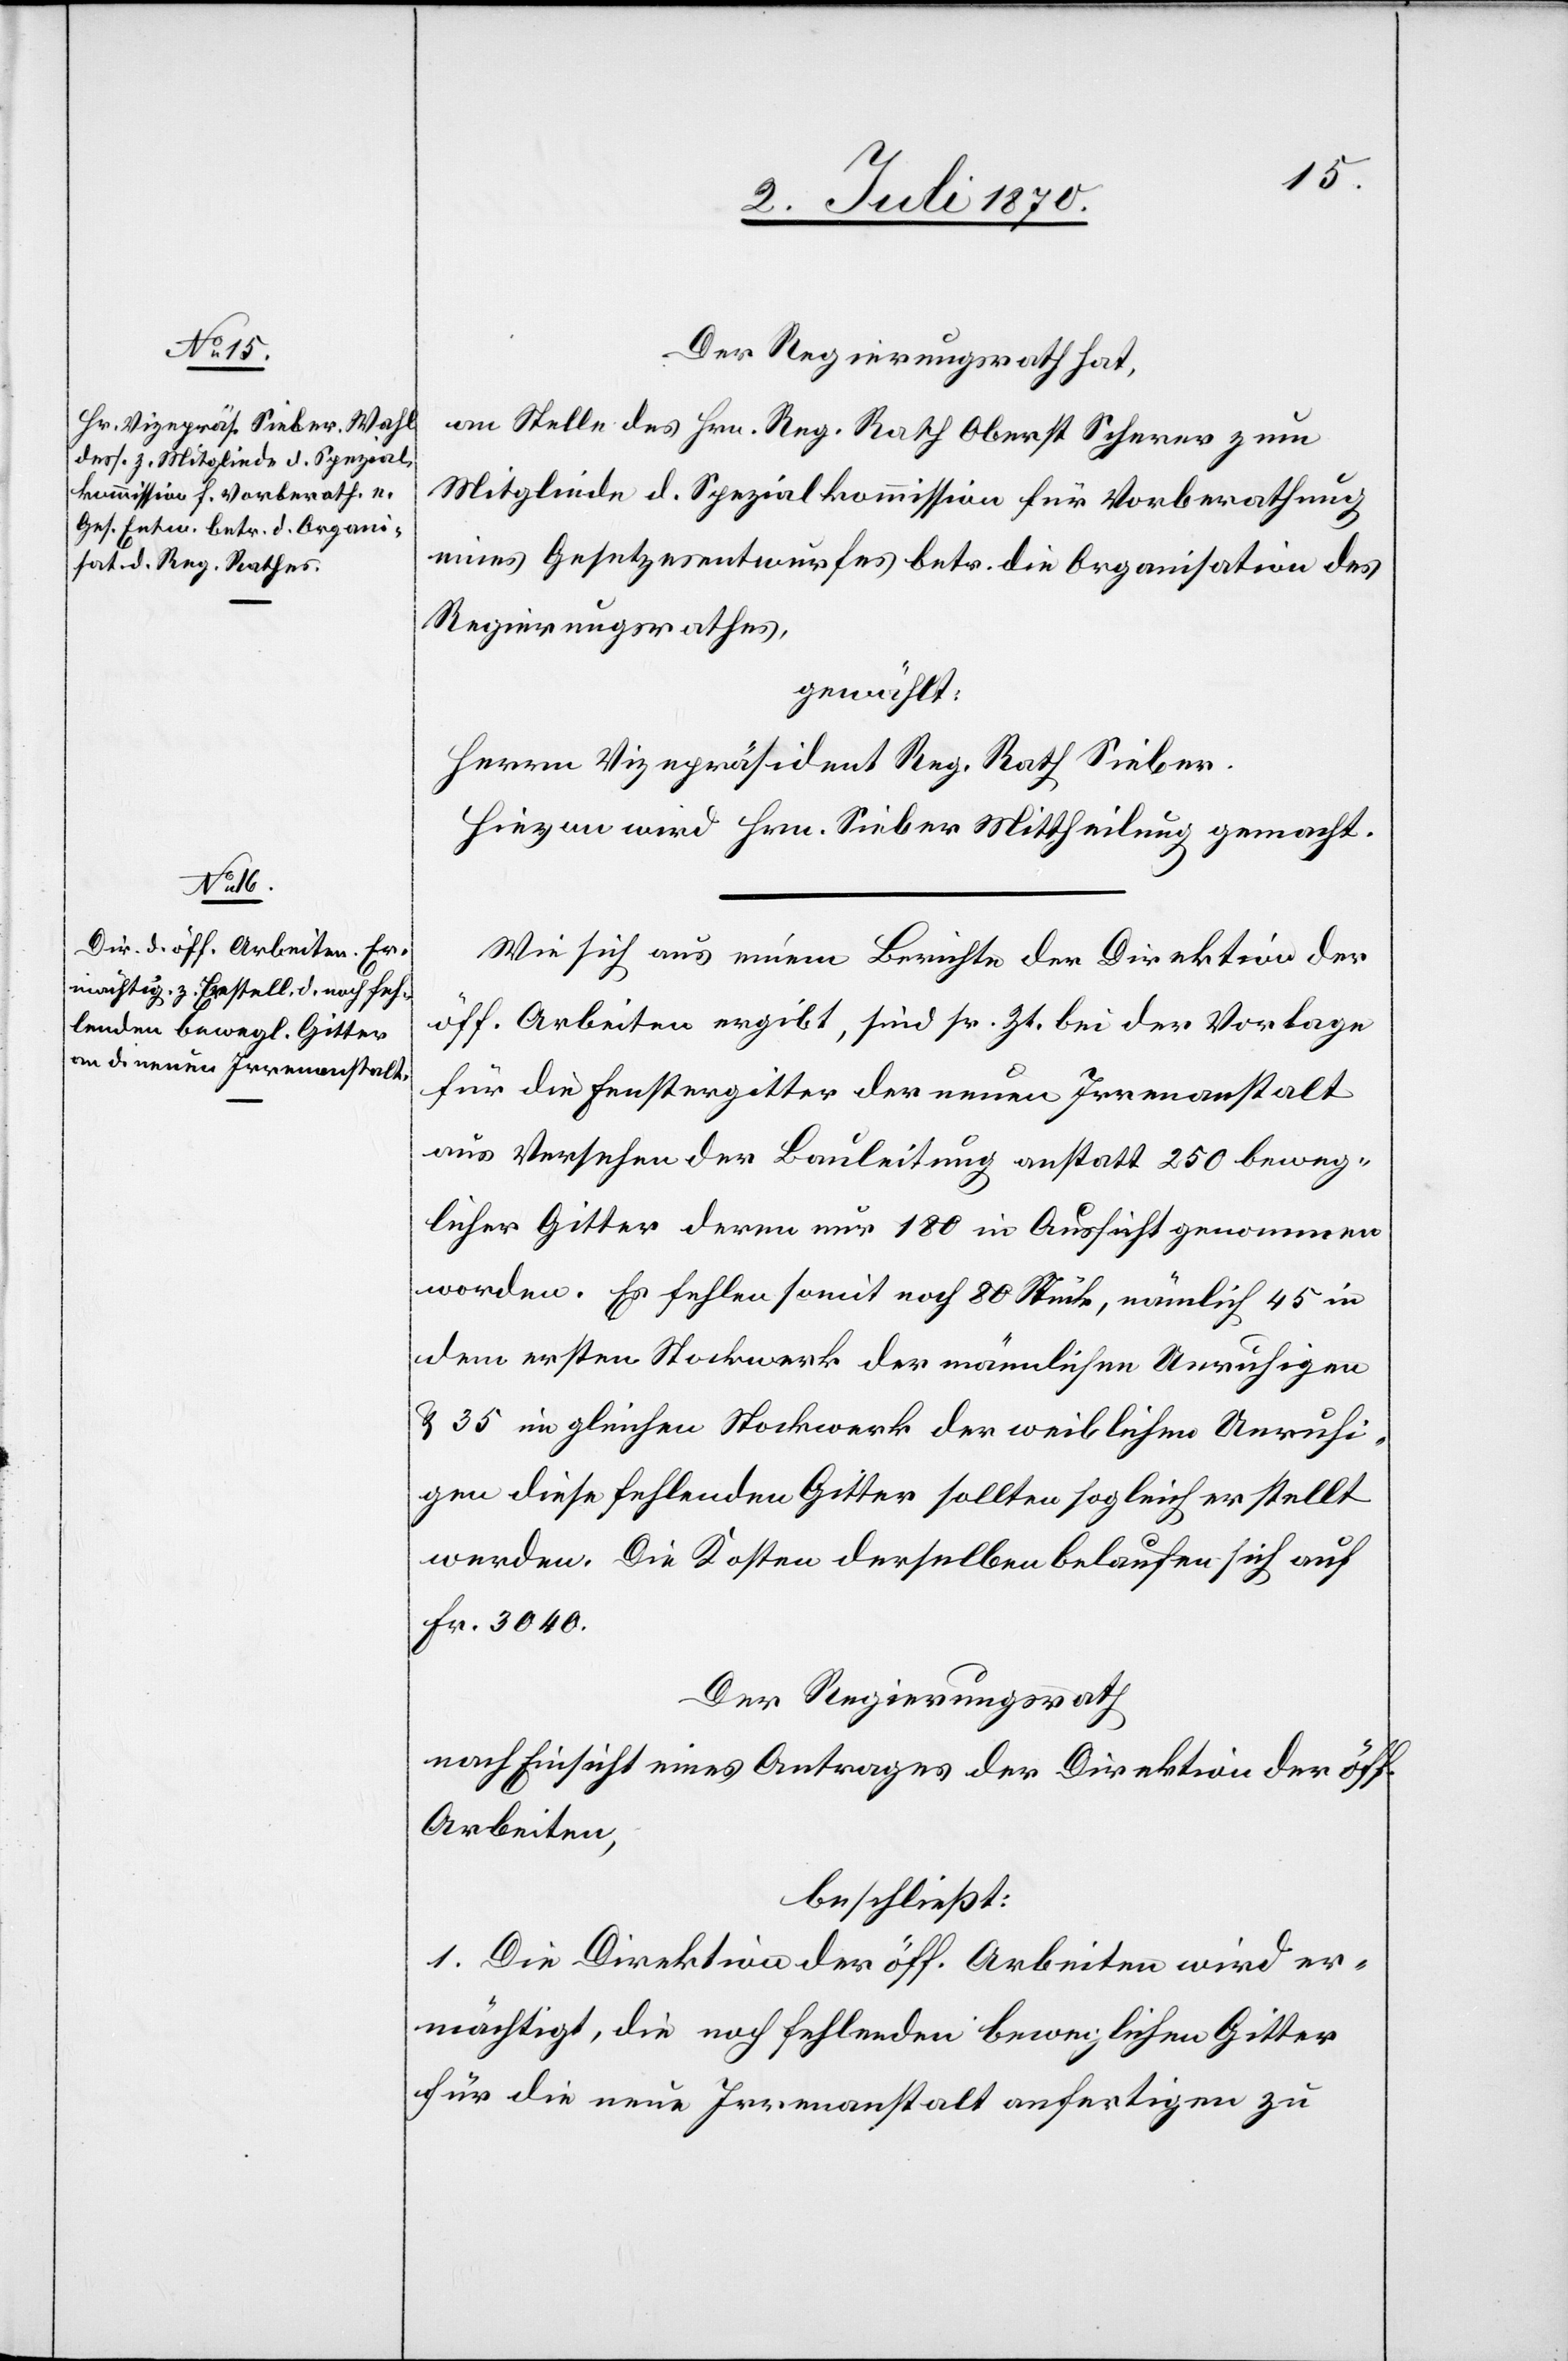
Der Regierungsrath hat,
an Stelle des Hrn. Reg. Rath. Oberst Scherer zum
Mitgliede d. Spezialkommission für Vorberathung
eines Gesetzesentwurfes betr. die Organisation des
Regierungsrathes,
gewählt:
Herrn Vizepräsident Reg. Rath Sieber.
Hievon wird Hrn. Sieber Mittheilung gemacht.
Wie sich aus einem Berichte der Direktion der
öff. Arbeiten ergibt, sind sr. Zt. bei der Vorlage
für die Fenstergitter der neuen Irrenanstalt
aus Versehen der Bauleitung anstatt 250 beweg¬
licher Gitter deren nur 180 in Aussicht genommen
worden. Es fehlen somit noch 80 Stück, nämlich 45 in
dem ersten Stockwerk der männlichen Unruhigen
& 35 im gleichen Stockwerk der weiblichen Unruhi¬
gen[;] diese fehlenden Gitter sollten sogleich erstellt
werden. Die Kosten derselben belaufen sich auf
Fr. 3040.
Der Regierungsrath
nach Einsicht eines Antrages der Direktion der öff.
Arbeiten,
beschließt:
1. Die Direktion der öff. Arbeiten wird er¬
mächtigt, die noch fehlenden beweglichen Gitter
für die neue Irrenanstalt anfertigen zu